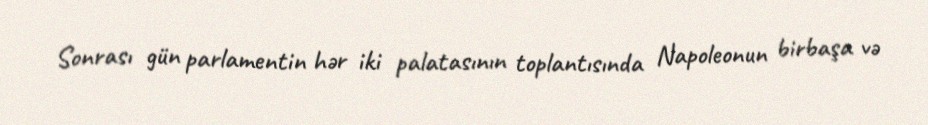
Sonrası gün parlamentin hər iki palatasının toplantısında Napoleonun birbaşa və